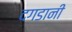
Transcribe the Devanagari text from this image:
दगडानी